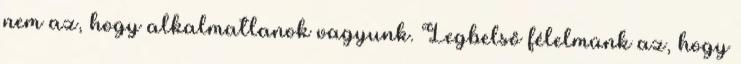
nem az, hogy alkalmatlanok vagyunk. Legbelső félelmünk az, hogy